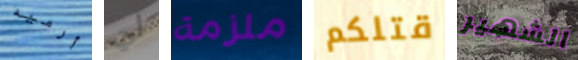
أرميه لي ملزمة قتلكم الشهير